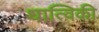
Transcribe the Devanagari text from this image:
धात्विकी